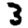
Digit: 3